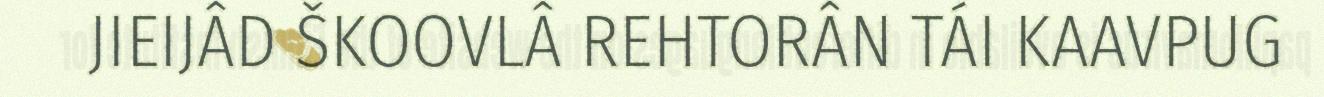
JIEIJÂD ŠKOOVLÂ REHTORÂN TÁI KAAVPUG